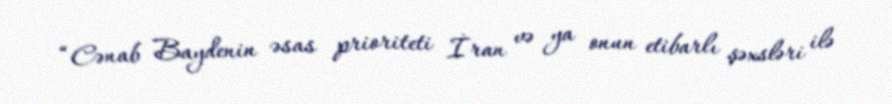
“Cənab Baydenin əsas prioriteti İran və ya onun etibarlı şəxsləri ilə